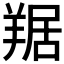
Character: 𦎠